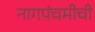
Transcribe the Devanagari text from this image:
नागपंचमीची